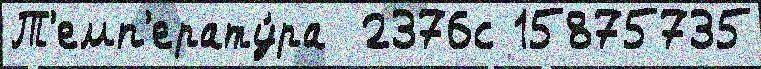
Т'емп'ерату́ра  2376с 15875735